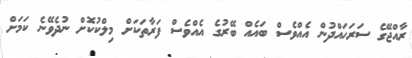
ރާއްޖޭގެ ސަރަހައްދުން އެއްވެސް ބައެއް ބޭރުގެ އެއްވެސް ފަރާތަކަށް މިލްކުކޮށް ނުދެވޭނެ ކަމަށް